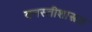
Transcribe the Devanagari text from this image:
वनस्तीशास्त्रज्ञ